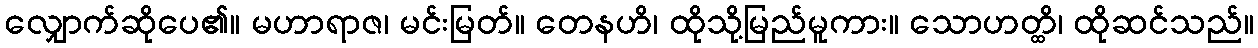
လျှောက်ဆိုပေ၏။ မဟာရာဇ၊ မင်းမြတ်။ တေနဟိ၊ ထိုသို့မြည်မူကား။ သောဟတ္ထိ၊ ထိုဆင်သည်။